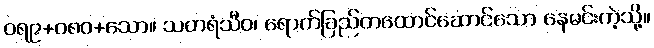
ဝရ၉+၀၈၀+သော။ သတရံသီဝ၊ ရောက်ခြည်တထောင်ဆောင်သော နေမင်းကဲ့သို့။